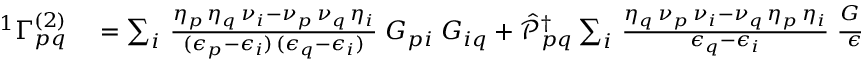
\begin{array} { r l } { { ^ { 1 } { \Gamma } _ { p q } ^ { ( 2 ) } } } & { { } = \sum _ { i } \, \frac { \eta _ { p } \, \eta _ { q } \, \nu _ { i } - \nu _ { p } \, \nu _ { q } \, \eta _ { i } } { ( \epsilon _ { p } - \epsilon _ { i } ) \, ( \epsilon _ { q } - \epsilon _ { i } ) } \; G _ { p i } \; G _ { i q } + \mathcal { \hat { P } } _ { p q } ^ { \dagger } \sum _ { i } \, \frac { \eta _ { q } \, \nu _ { p } \, \nu _ { i } - \nu _ { q } \, \eta _ { p } \, \eta _ { i } } { \epsilon _ { q } - \epsilon _ { i } } \; \frac { G _ { p i } \; G _ { i q } } { \epsilon _ { p } - \epsilon _ { q } } } \end{array}